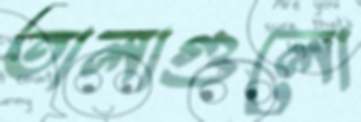
তালাগুলো